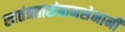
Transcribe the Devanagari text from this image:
स्वतंत्रतासंग्रामसेनानी